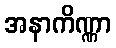
အနာကိဏ္ဏာ